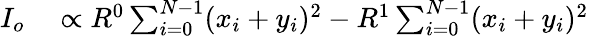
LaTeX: \begin{array}{rl}{I_{o}}&{{}\propto R^{0}\sum_{i=0}^{N-1}(x_{i}+y_{i})^{2}-R^{1}\sum_{i=0}^{N-1}(x_{i}+y_{i})^{2}}\end{array}